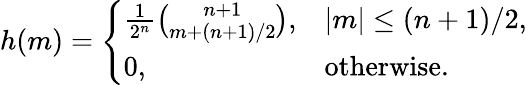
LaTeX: \begin{array}{r}{h(m)=\left\{ \begin{array}{ll}{\frac{1}{2^{n}}\binom{n+1}{m+(n+1)/2},}&{|m|\leq(n+1)/2,}\\ {0,}&{\mathrm{otherwise}.}\end{array}\right.}\end{array}